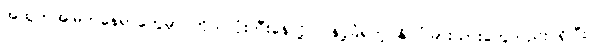
အထွတ်အမြတ်နေရာတွေမှာ ကိုယ်လုံးတီးနေလို့ ပြန်ပို့ခံရတဲ့ နိုင်ငံခြားသားတွေလည်း ရှိပြီး